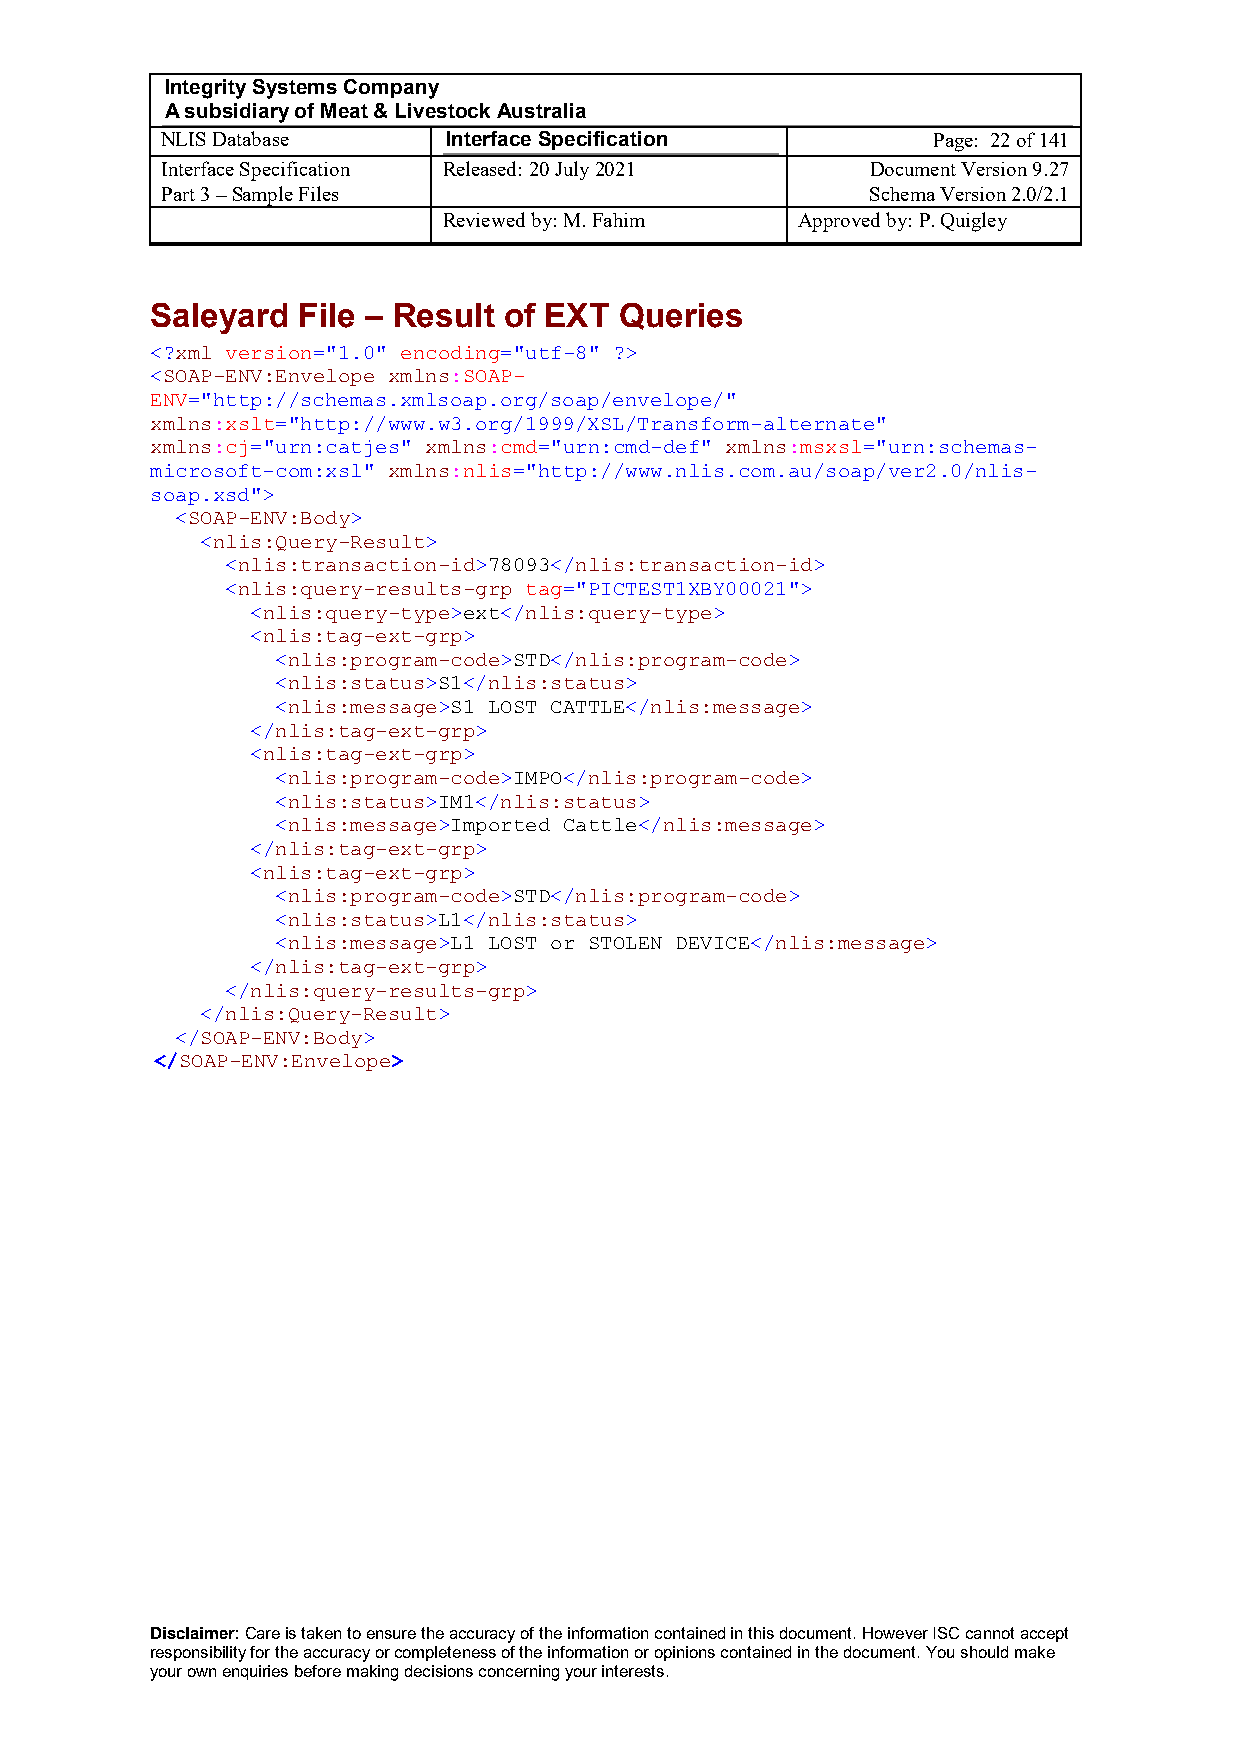
Integrity Systems Company
 A subsidiary of Meat & Livestock Australia
 NLIS Database      Interface Specification         Page: 22 of 141
 Interface Specification Released: 20 July 2021 Document Version 9.27
 Part 3 – Sample Files                          Schema Version 2.0/2.1
 Reviewed by: M. Fahim   Approved by: P. Quigley
 Saleyard  File – Result of EXT Queries
 <?xml version="1.0" encoding="utf-8" ?>
 <SOAP-ENV:Envelope xmlns:SOAP-
 ENV="http://schemas.xmlsoap.org/soap/envelope/"
 xmlns:xslt="http://www.w3.org/1999/XSL/Transform-alternate"
 xmlns:cj="urn:catjes" xmlns:cmd="urn:cmd-def" xmlns:msxsl="urn:schemas-
 microsoft-com:xsl" xmlns:nlis="http://www.nlis.com.au/soap/ver2.0/nlis-
 soap.xsd">
 <SOAP-ENV:Body>
 <nlis:Query-Result>
 <nlis:transaction-id>78093</nlis:transaction-id>
 <nlis:query-results-grp tag="PICTEST1XBY00021">
 <nlis:query-type>ext</nlis:query-type>
 <nlis:tag-ext-grp>
 <nlis:program-code>STD</nlis:program-code>
 <nlis:status>S1</nlis:status>
 <nlis:message>S1 LOST CATTLE</nlis:message>
 </nlis:tag-ext-grp>
 <nlis:tag-ext-grp>
 <nlis:program-code>IMPO</nlis:program-code>
 <nlis:status>IM1</nlis:status>
 <nlis:message>Imported Cattle</nlis:message>
 </nlis:tag-ext-grp>
 <nlis:tag-ext-grp>
 <nlis:program-code>STD</nlis:program-code>
 <nlis:status>L1</nlis:status>
 <nlis:message>L1 LOST or STOLEN DEVICE</nlis:message>
 </nlis:tag-ext-grp>
 </nlis:query-results-grp>
 </nlis:Query-Result>
 </SOAP-ENV:Body>
 </SOAP-ENV:Envelope>
 Disclaimer: Care is taken to ensure the accuracy of the information contained in this document. However ISC cannot accept
 responsibility for the accuracy or completeness of the information or opinions contained in the document. You should make
 your own enquiries before making decisions concerning your interests.